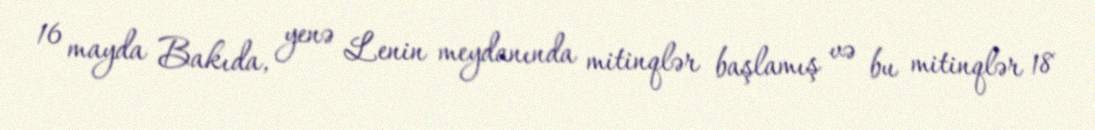
16 mayda Bakıda, yenə Lenin meydanında mitinqlər başlamış və bu mitinqlər 18